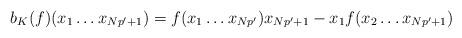
LaTeX: \begin{align*} b_K(f)(x_1 \ldots x_{Np'+1}) =f(x_1\ldots x_{Np'})x_{Np'+1} - x_1 f(x_2 \ldots x_{Np'+1})\end{align*}